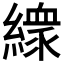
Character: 𱺇